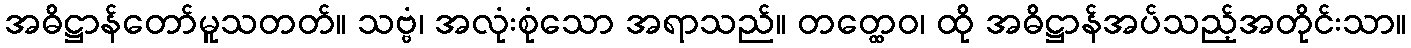
အဓိဋ္ဌာန်တော်မူသတတ်။ သဗ္ဗံ၊ အလုံးစုံသော အရာသည်။ တတ္ထေဝ၊ ထို အဓိဋ္ဌာန်အပ်သည့်အတိုင်းသာ။